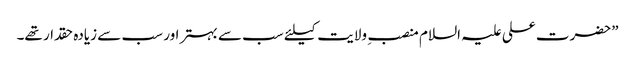
”حضرت علی علیہ السلام منصب ِ ولایت کیلئے سب سے بہتر اور سب سے زیادہ حقدار تھے۔